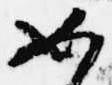
如